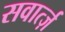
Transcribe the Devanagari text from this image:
सवार्त्ज़